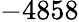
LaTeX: -4858